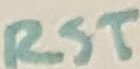
Text: RST